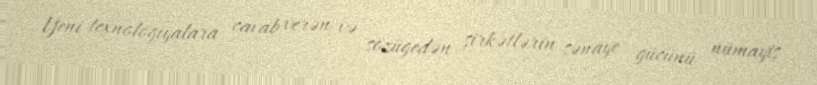
Yeni texnologiyalara cavab verən və sözügedən şirkətlərin sənaye gücünü nümayiş